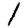
Digit: 1